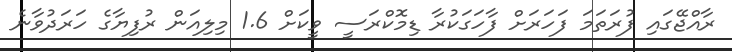
ރާއްޖޭގައި ފުރަތަމަ ފަހަރަށް ފާހަގަކުރާ ޑިމޮކްރަސީ ވީކަށް 1.6 މިލިއަން ރުފިޔާގެ ހަރަދުވާނެ